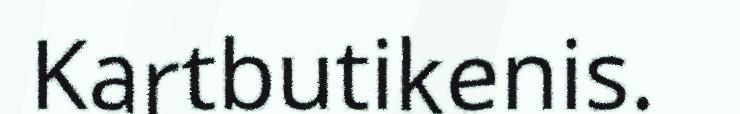
Kartbutikenis.